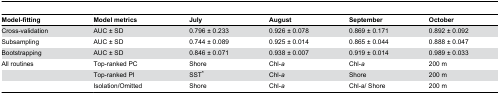
| Model-fitting | Model metrics | July | August | September | October |
 | --- | --- | --- | --- | --- | --- |
 | Cross-validation | AUC ± SD | 0.796 ± 0.233 | 0.926 ± 0.078 | 0.869 ± 0.171 | 0.892 ± 0.092 |
 | Subsampling | AUC ± SD | 0.744 ± 0.089 | 0.925 ± 0.014 | 0.865 ± 0.044 | 0.888 ± 0.047 |
 | Bootstrapping | AUC ± SD | 0.846 ± 0.071 | 0.938 ± 0.007 | 0.919 ± 0.014 | 0.989 ± 0.033 |
 | All routines | Top-ranked PC | Shore | Chl-a | Chl-a | 200 m |
 |  | Top-ranked PI | SST* | Chl-a | Shore | 200 m |
 |  | Isolation/Omitted | Shore | Chl-a | Chl-a/ Shore | 200 m |